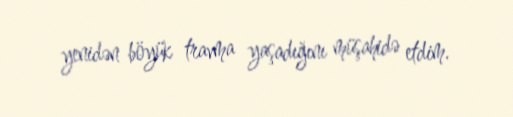
yenidən böyük travma yaşadığını müşahidə etdim.